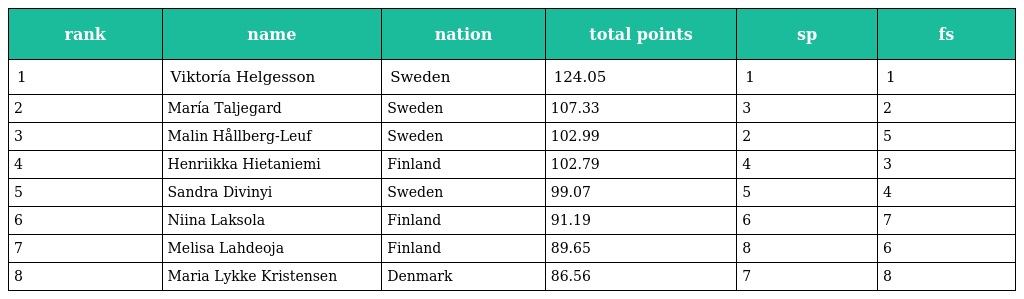
| rank | name | nation | total points | sp | fs |
 | --- | --- | --- | --- | --- | --- |
 | 1 | Viktoría Helgesson | Sweden | 124.05 | 1 | 1 |
 | 2 | María Taljegard | Sweden | 107.33 | 3 | 2 |
 | 3 | Malin Hållberg-Leuf | Sweden | 102.99 | 2 | 5 |
 | 4 | Henriikka Hietaniemi | Finland | 102.79 | 4 | 3 |
 | 5 | Sandra Divinyi | Sweden | 99.07 | 5 | 4 |
 | 6 | Niina Laksola | Finland | 91.19 | 6 | 7 |
 | 7 | Melisa Lahdeoja | Finland | 89.65 | 8 | 6 |
 | 8 | Maria Lykke Kristensen | Denmark | 86.56 | 7 | 8 |